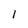
Character: 1